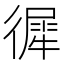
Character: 徲